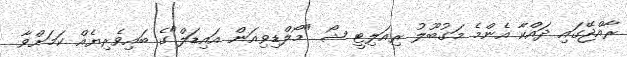
ރާއްޖޭގައި ދައްކާ އެންމެ މަގުބޫލު ރިއަލިޓީ ޝޯ "މޯލްޑިވިއަން އައިޑަލް"ގެ ބައިވެރިޔެއް ކަމަށްވާ